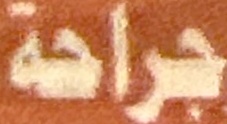
جراحة